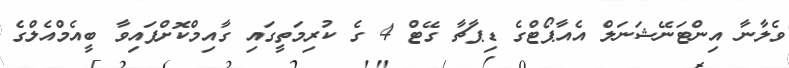
ވެލާނާ އިންޓަނޭޝަނަލް އެއާޕޯޓްގެ ޑިޕާޗާ ގޭޓް 4 ގެ ކުރިމަތީގައި ގާއިމްކޮށްފައިވާ ބީއެމްއެލްގެ